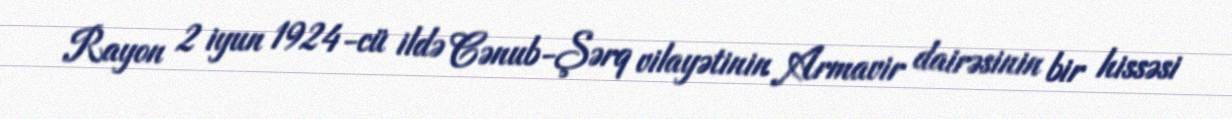
Rayon 2 iyun 1924-cü ildə Cənub-Şərq vilayətinin Armavir dairəsinin bir hissəsi